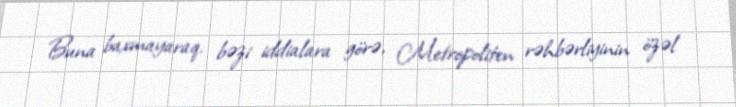
Buna baxmayaraq, bəzi iddialara görə, Metropoliten rəhbərliyinin özəl